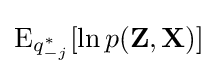
\operatorname {E} _{q_{-j}^{*}}[\ln p(\mathbf {Z} ,\mathbf {X} )]